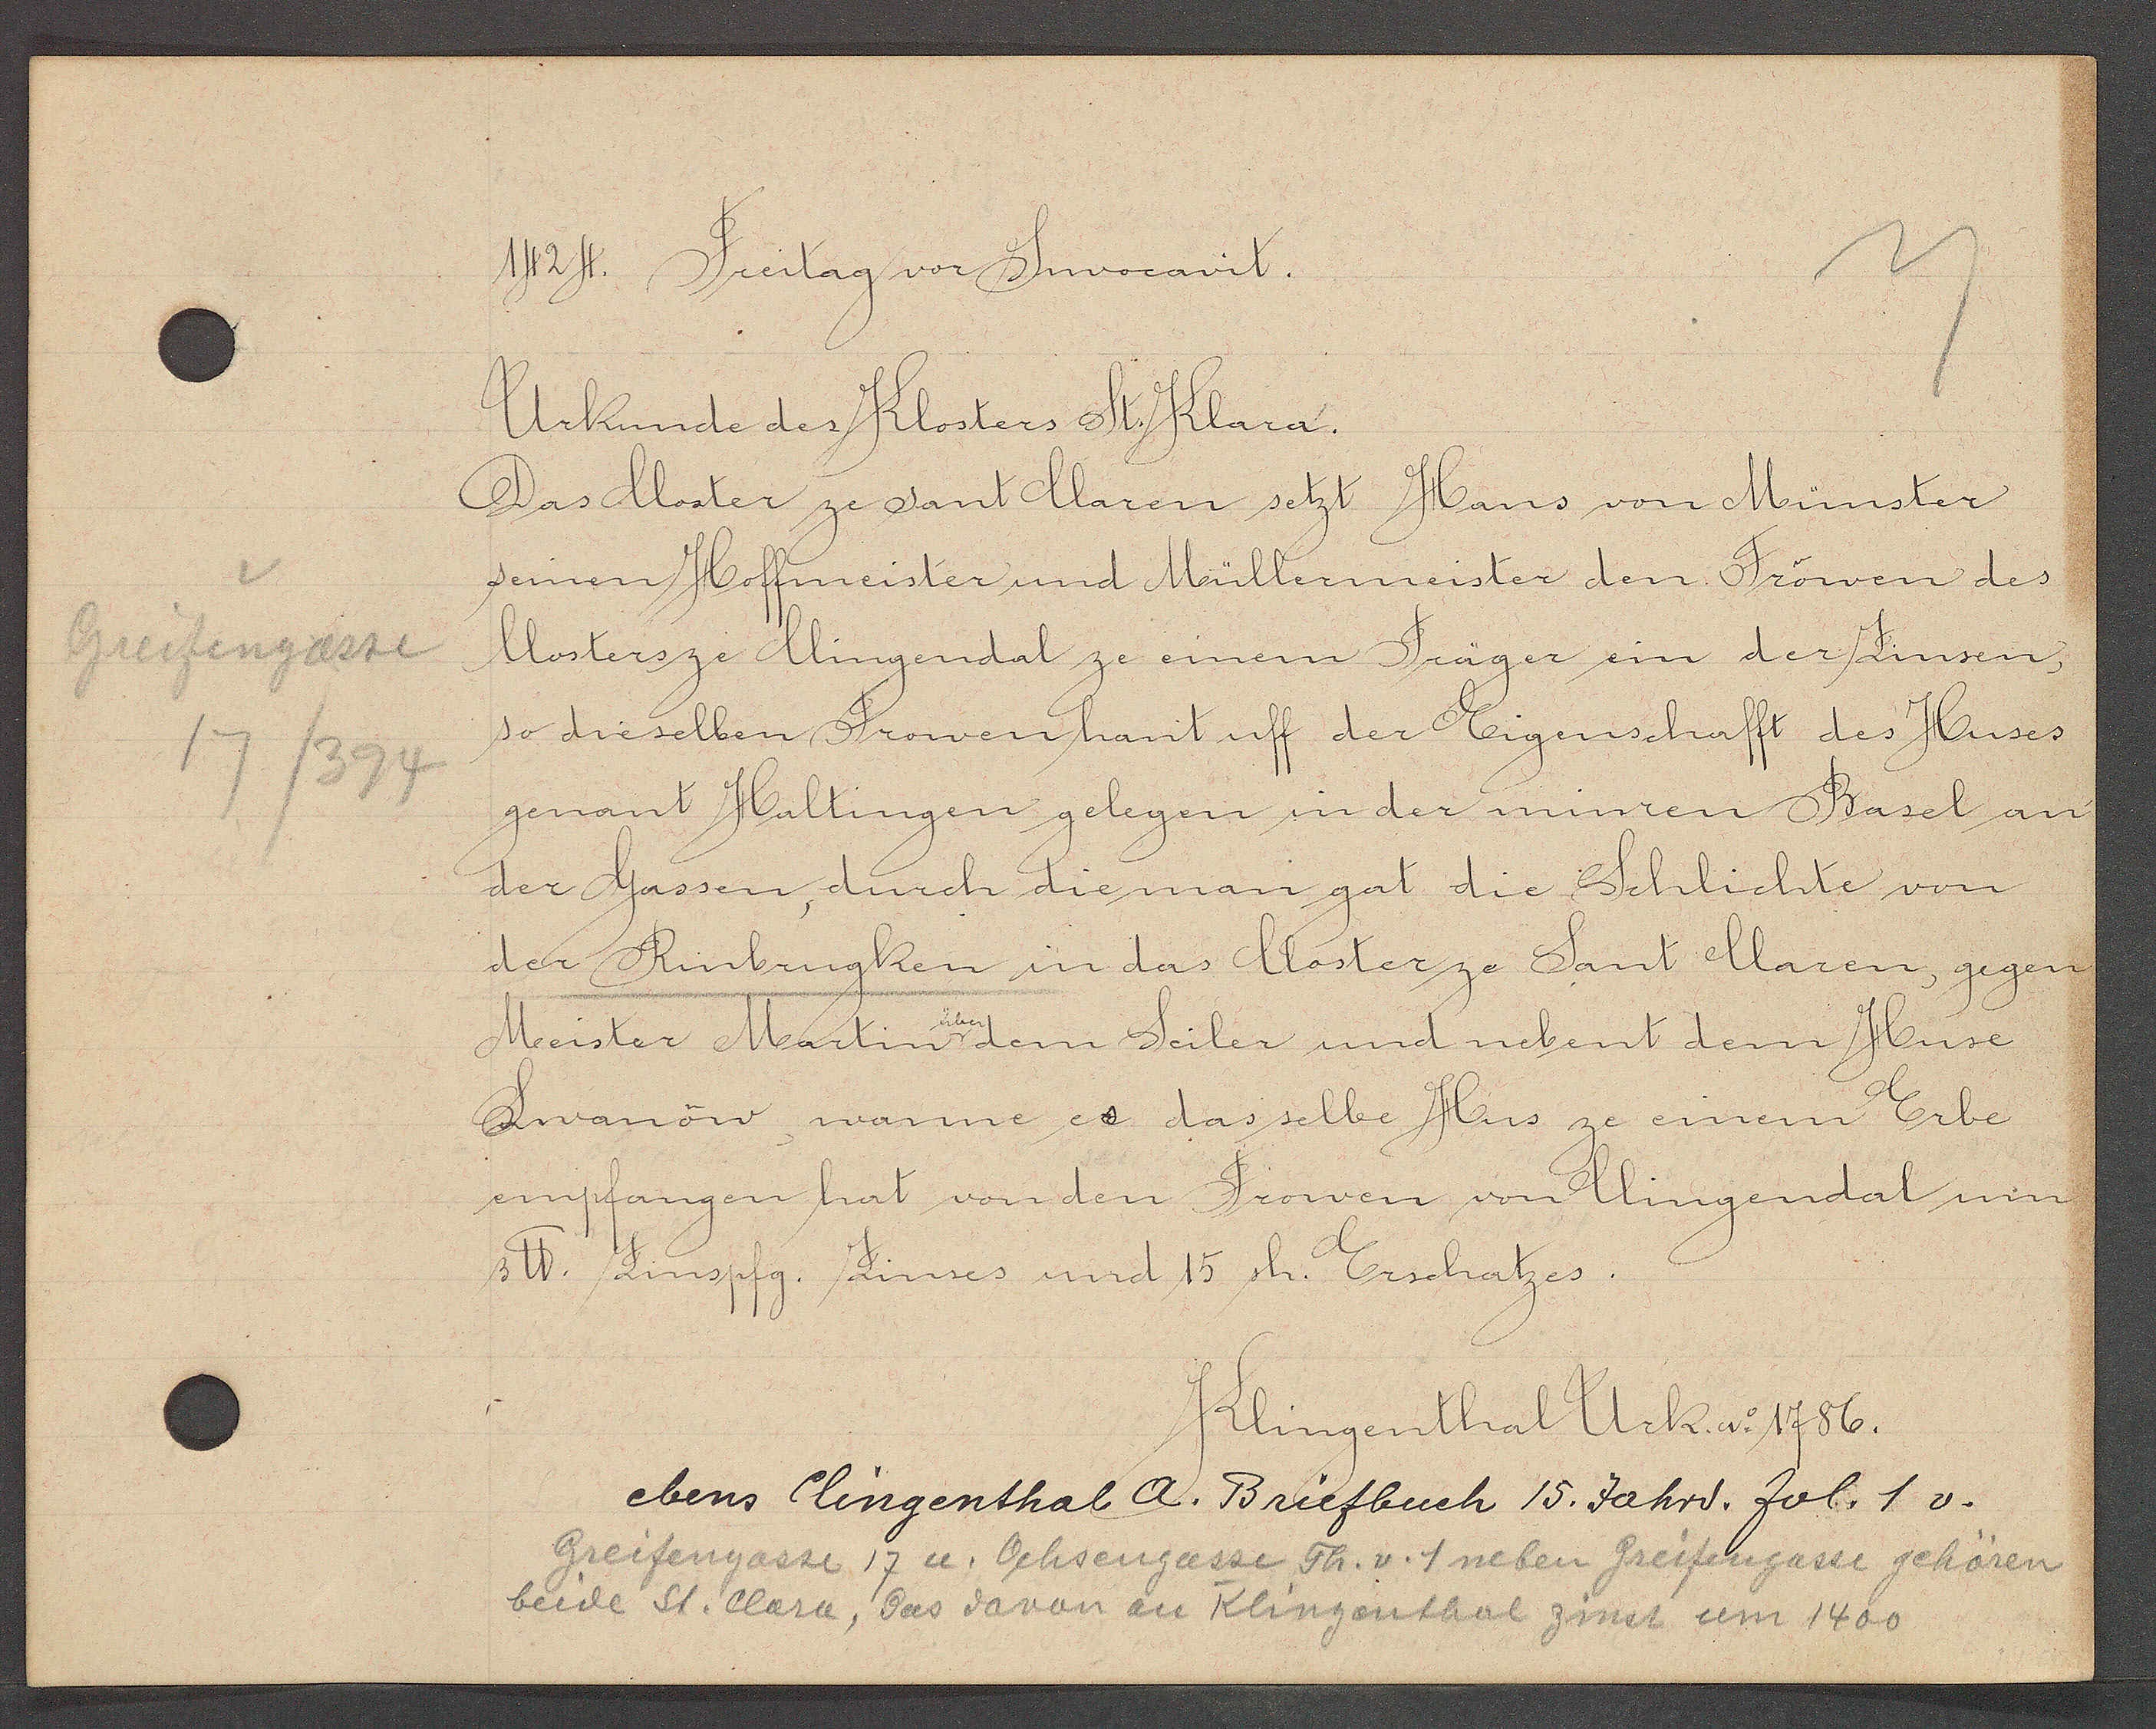
Transcript:
Greifengasse
17/394

1424. Freitag vor Suvocavit.

Urkunde der Klosters St. Klara.
Das Closter ze sant Claren setzt Hans von Münster
seinen Hoffmeister und Müllermeister den Fröwen des
Closters ze Clingendal ze einem Träger ein der Zinsen,
so dieselben Frowen hant uff der Eigenschafft des Huses
genant Haltingen gelegen in der minren Basel an
der Gassen, durch die man gat die Schlichte von
der Rinbrugken in das Closter ze Sant Claren, gegen
Meister Martin dem Seiler und nebent dem Huse
Swanow wanne es das selbe Hus ze einem Erbe
empfangen hat von den Frowen von Clingendal um
3 ℔. zinspfg. Zinses und 15 sh. Erschatzes.

Klingenthal Urk. No 1786.
ebens Clingenthal A Briefbuch 15. Jahrd. fol. 1 v.

Greifengasse 17 u. Ochsengasse Th. v. 1 neben Greifengasse gehören
beide St. Clara, das davon an Klingenthal zinst um 1400